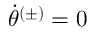
\Dot { \theta } ^ { ( \pm ) } = 0